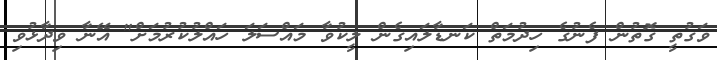
ވަގުތީ ގޮތުން ފެނުގެ ހިދުމަތް ކަނޑާލައިގެން ލީކުވާ މައްސަލަ ހައްލުކުރުމަށް" އޭނާ ވިދާޅުވި